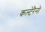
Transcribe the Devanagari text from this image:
कल्टेरैनो